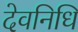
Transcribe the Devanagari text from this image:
देवनिधि